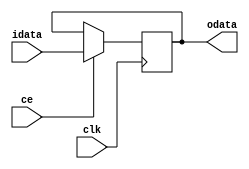
`timescale 1ns / 1ps

module delay #(
    parameter N = 4
) (
    input clk,
    input ce,
    input [N-1:0]idata,
    output [N-1:0]odata
);

reg [N-1:0] val = N-1'b0;

always @(posedge clk)
begin
    if (ce) val = idata;
    else val = val;
end

assign odata = val;

endmodule

module delay_line #(
    parameter N=4,
    parameter DELAY=0
) (
    input clk,
    input ce, 
    input [N-1:0]idata,
    output [N-1:0]odata
);

if (DELAY == 0)
    begin
        assign odata = idata;
    end
else
    begin
        // Dla delay wikszego od 1 tablica do przechowania danych
        wire [N-1:0]tdata [0:DELAY];
        
        genvar i;
        
        for (i=0; i<DELAY; i=i+1)
            begin
                // Generuj moduy typu delay jako delay _inst
                delay #(N) delay_inst (
                    .clk(clk),
                    .ce(ce),
                    .idata(i == 0 ? idata : tdata[i]),
                    .odata(tdata[i+1])
                );
            end
       
        assign odata = tdata[DELAY];
    end    
endmodule